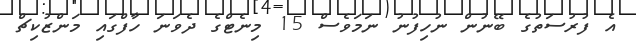
އެ ފުރުސަތުގެ ބޭނުން ނުހިފުނު ނަމަވެސް 15 މިނެޓްގެ ދެވަނަ ހާފްގައި މަންޒުކިޗް